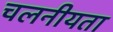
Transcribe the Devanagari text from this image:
चलनीयता